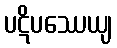
ပဋိပဿေယျ